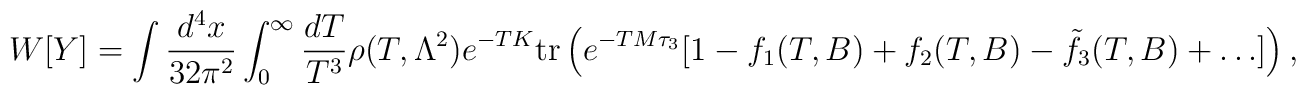
W[Y]=\int\frac{d^4x}{32\pi^2}         \int^\infty_0\frac{dT}{T^3}\rho (T,\Lambda^2)e^{-TK}        \mbox{tr}\left(e^{-TM\tau_3}[1-f_1(T,B)+f_2(T,B)        -\tilde{f}_3(T,B)+\ldots ]\right),